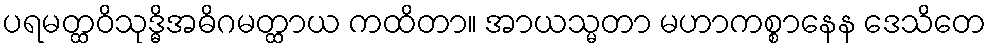
ပရမတ္ထဝိသုဒ္ဓိအဓိဂမတ္ထာယ ကထိတာ။ အာယသ္မတာ မဟာကစ္စာနေန ဒေသိတေ